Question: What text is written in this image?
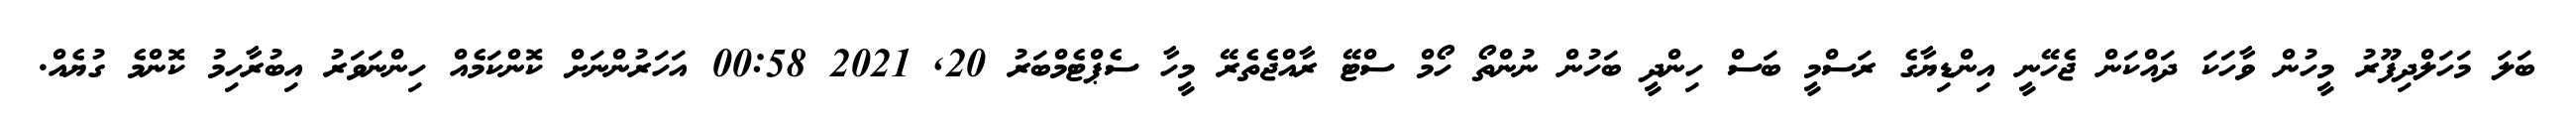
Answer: ބަލަ މަހަލްދިފޫރު މީހުން ވާހަކަ ދައްކަން ޖެހޭނީ އިންޑިޔާގެ ރަސްމީ ބަސް ހިންދީ ބަހުން ނުންތޯ ހޯމް ސްޓޭ ރާއްޖެތެރޭ މީހާ ސެޕްޓެމްބަރު 20, 2021 00:58 އަހަރުންނަށް ކޮންކަމެއް ހިންނަވަރު އިބުރާހިމު ކޮންމެ ގުޔެއް.